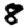
Digit: 8